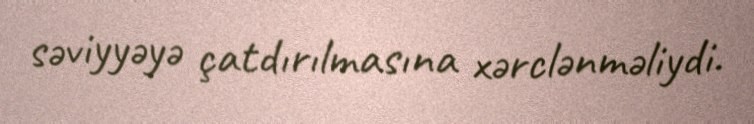
səviyyəyə çatdırılmasına xərclənməliydi.